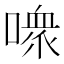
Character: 𪢊